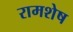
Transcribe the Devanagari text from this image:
रामशेष